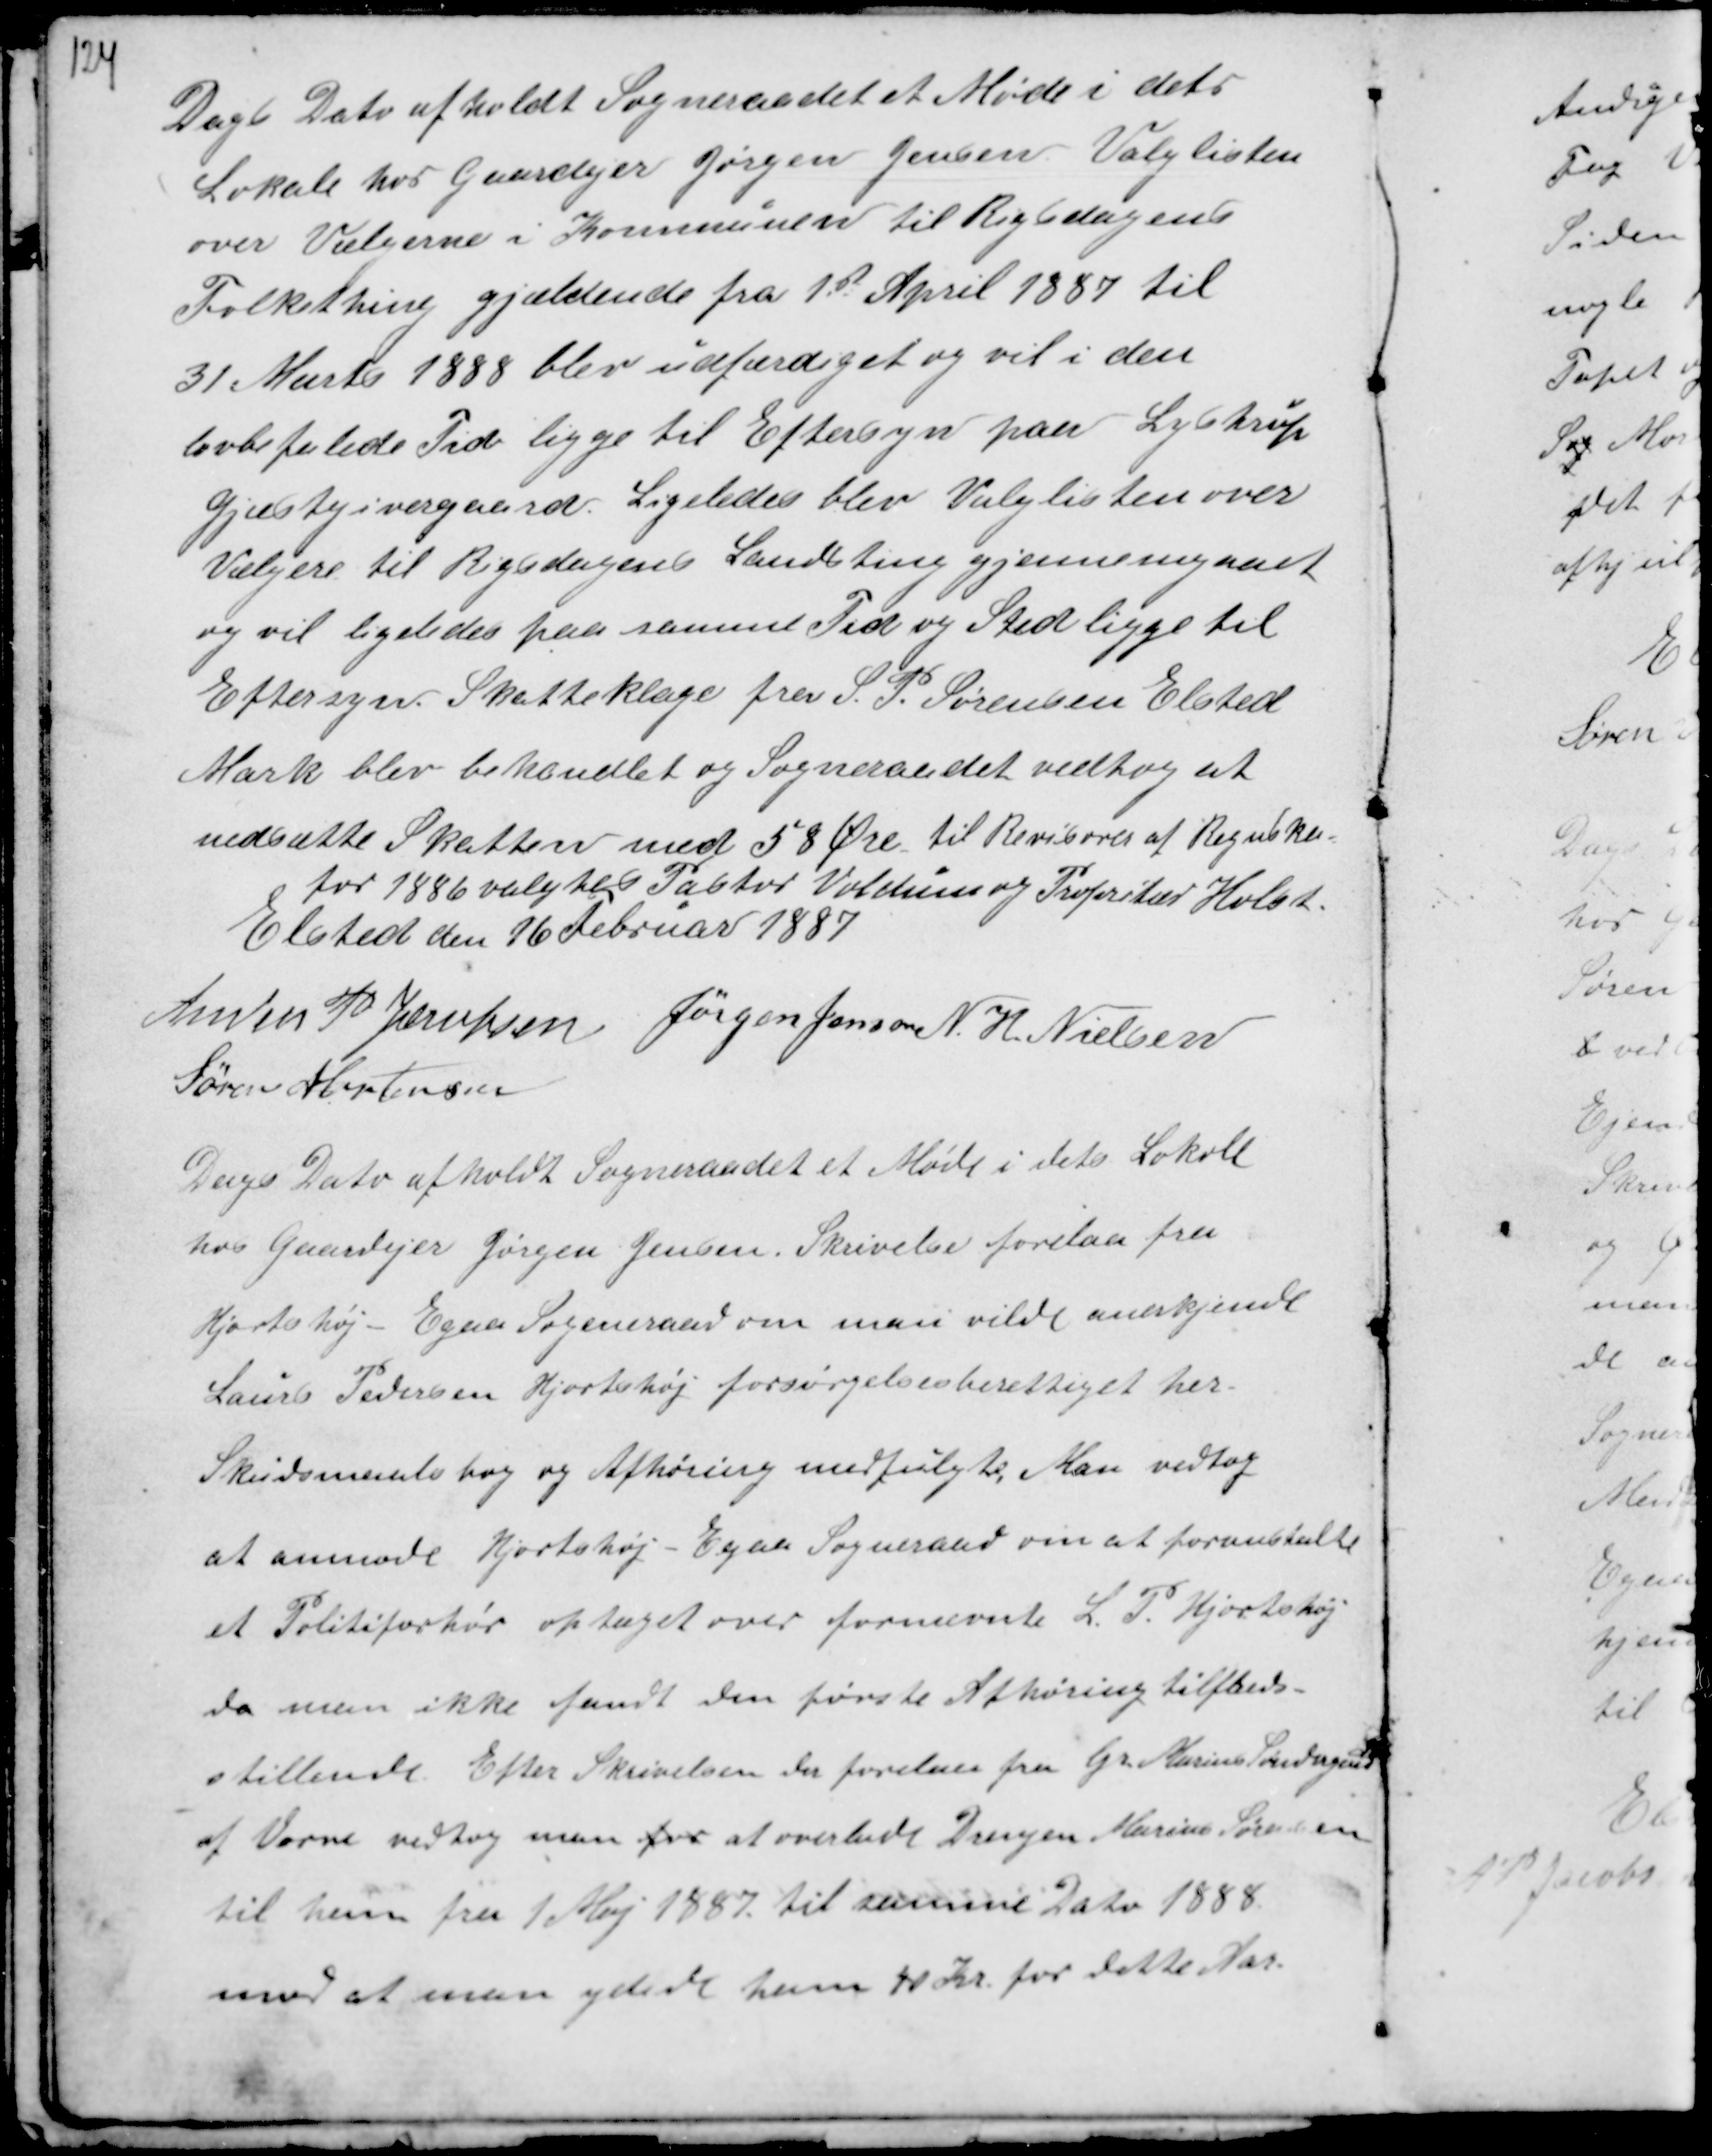
Transskription:
Dags Dato afholdt Sogneraadet et Møde i dets
Lokale hos Gaardejer Jørgen Jensen Valglisten
over Vælgerne i Kommunen til Rigsdagens
Folkething gjældende fra 1de April 1887 til
31. Marts 1888 blev udfærdiget og vil i den
befalede Tid ligge til Eftersyn paa Lystrup
Gjæstgivergaard. Ligeledes blev Valglisten over
Vælgere til Rigsdagens Landsting gjennemgaaet
og vil ligeledes paa samme Tid og Sted ligge til
Eftersyn. Skatteklage fra S.P. Sørensen Elsted
Mark blev behandlet og Sogneraadet vedtog at
nedsætte Skatten med 58 Øre. til Revisorer af Regnska-
for 1886 valgtes Pastor Voldum og Propritær Holst.
Elsted den 16 Februar 1887

Anders P Jacobsen
Jørgen Jensen N. H Nielsen
Søren Mortensen

Dags Dato afholdt Sogneraadet et Møde i dets Lokale
hos Gaardejer Jørgen Jensen. Skrivelse forelaa fra
Hjortshøj - Egaa Sogneraad om man vilde anerkjende
Laurs Pedersen Hjortshøj forsørgelsesberettiget her.
Skudsmaalsbog og Afhøring medfulgte Man vedtog
at anmode Hjortshøj - Egaa Sogneraad om at foranstalte
et Politiforhør optaget over fornævnte L. P. Hjortshøj
da man ikke fandt den første Afhøring tilfreds-
stillende. Efter Skrivelsen der forelaa fra Gr Marius Søndergaard
af Vorm vedtog man for at overlade Drengen Marius Sørensen
til han fra 1 Maj 1887 til samme Dato 1888
mod at man ydede ham 40 Kr. for dette Aar.